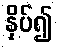
နှိပ်၍